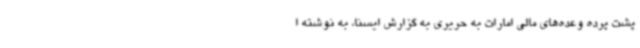
پشت پرده وعده‌های مالی امارات به حریری به گزارش ایسنا، به نوشته ا